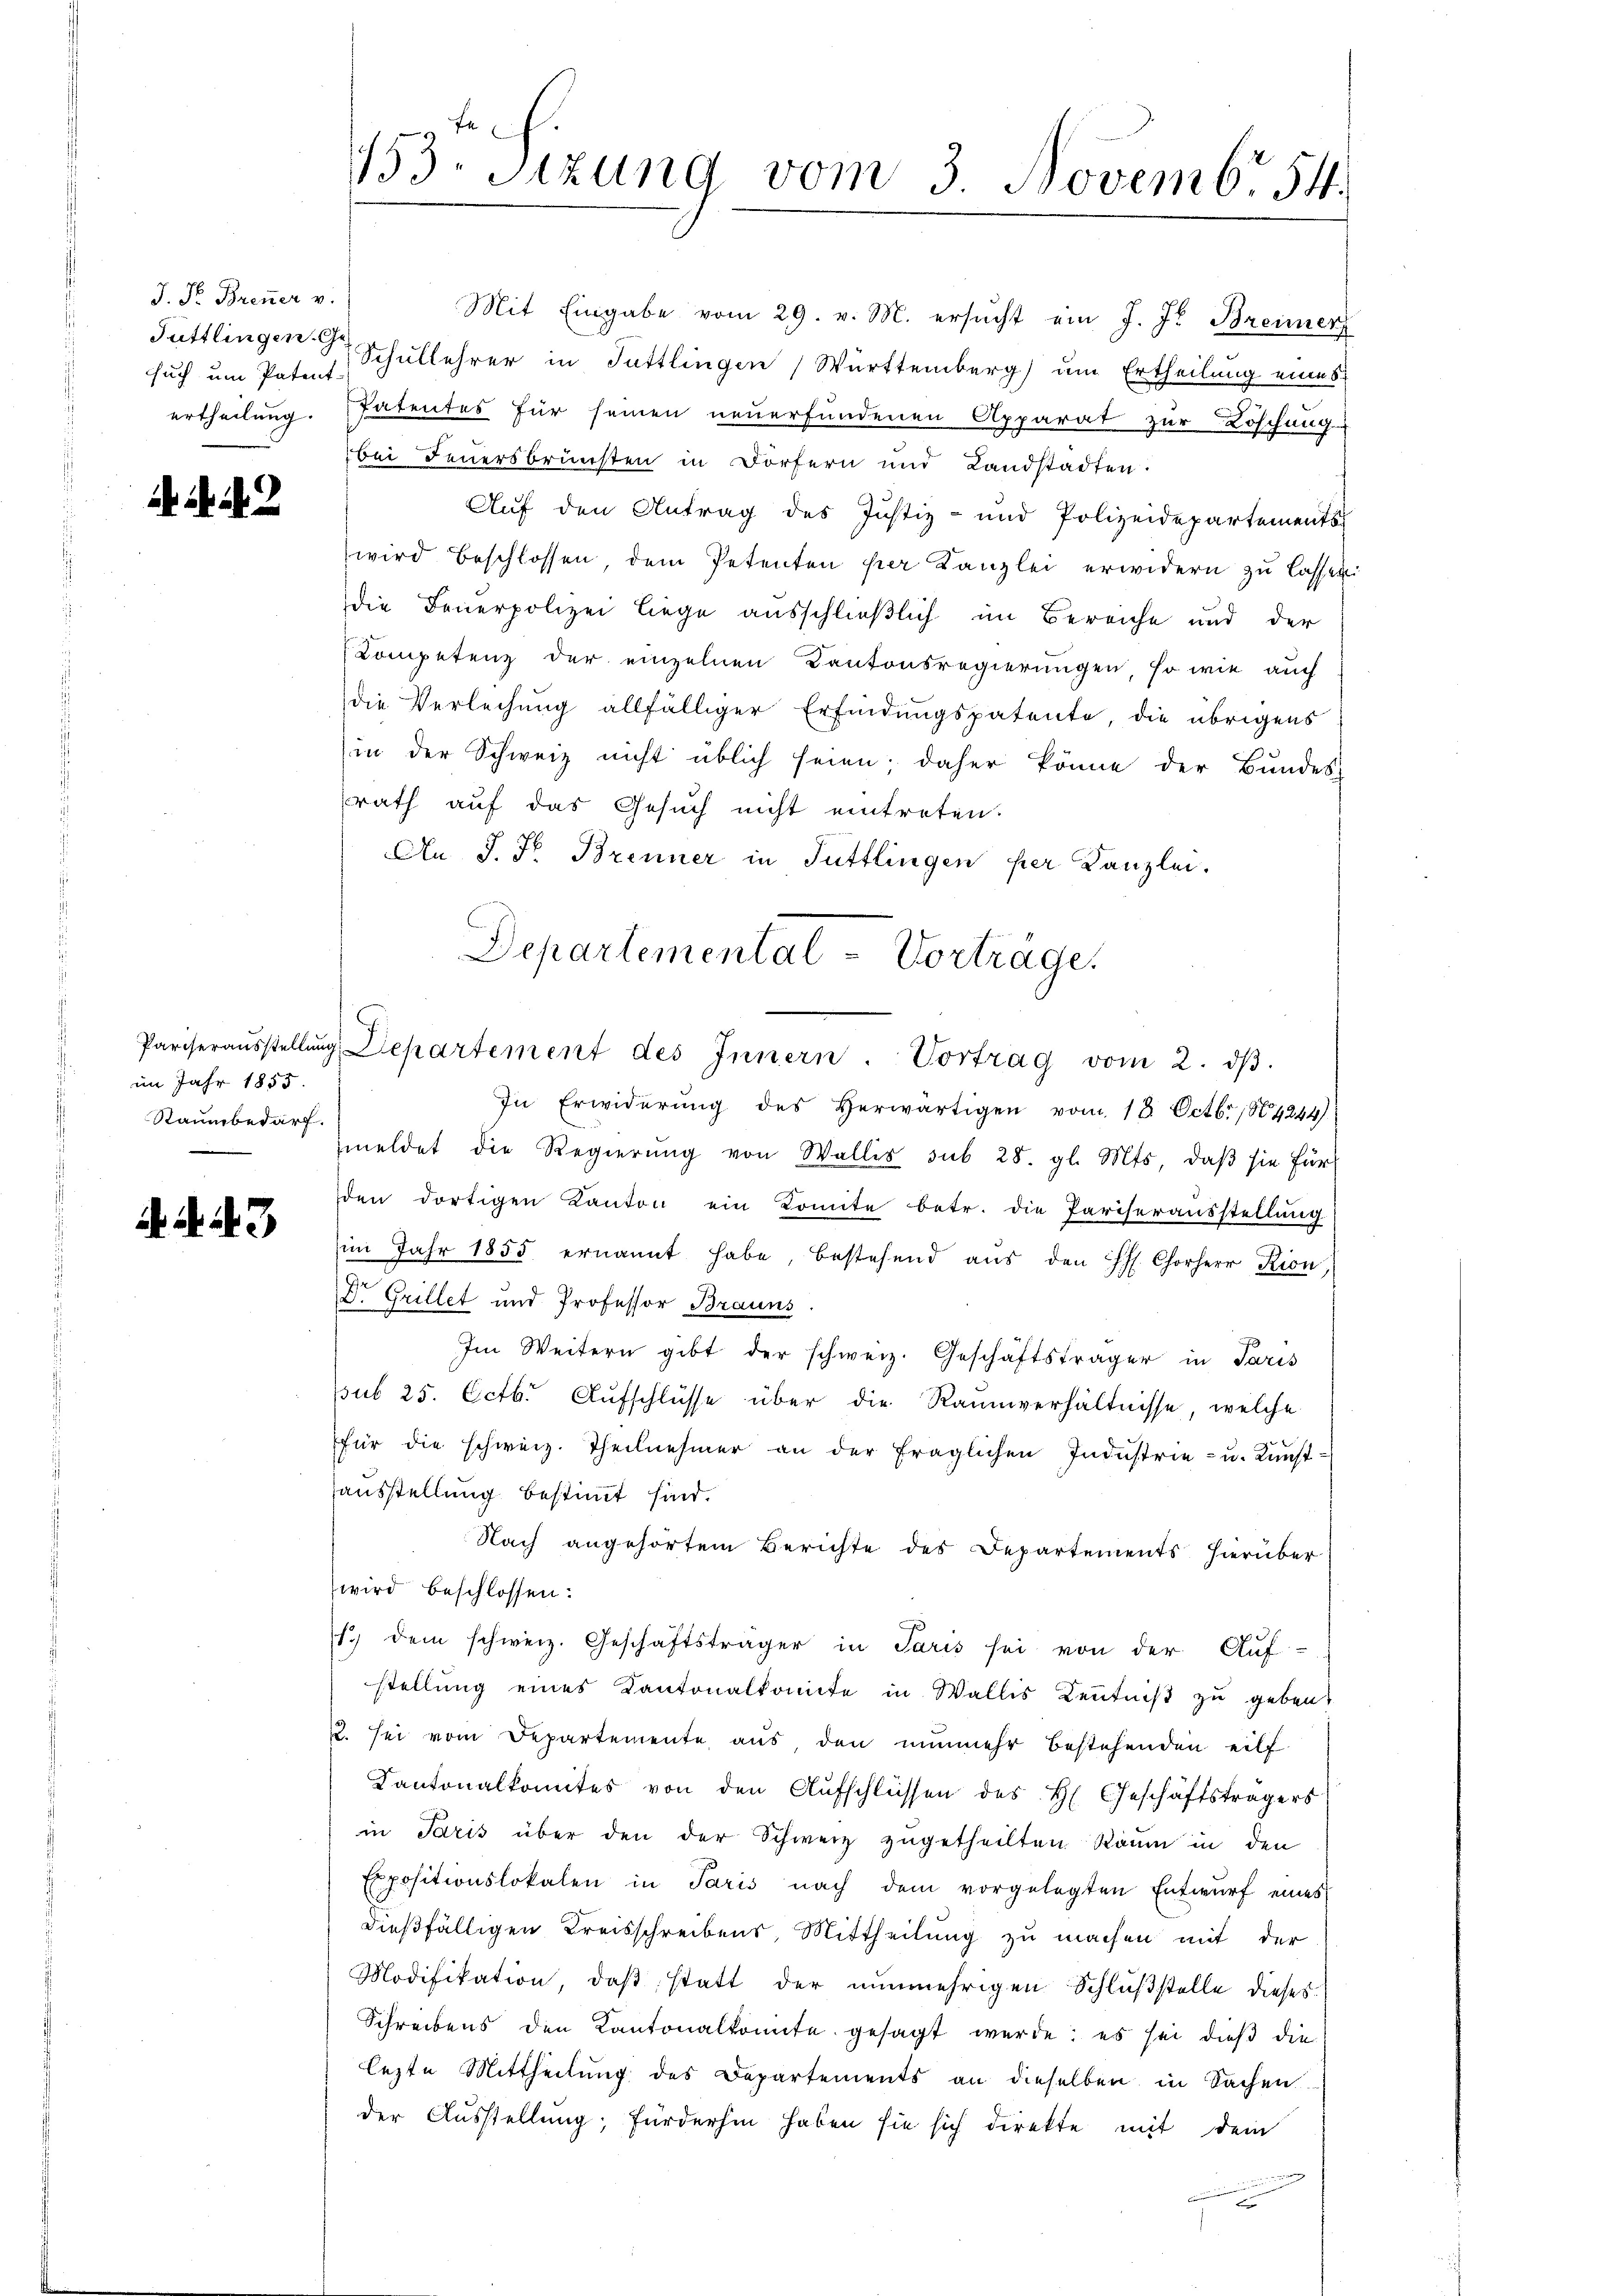
J. Dr. Brenner v.
such um Patent-

A . . 2

im Jahr 1855.
Raumbedarf.

d. d. 243

Mit Eingabe vom 29. v. M. ersucht ein J. J. Breimer
Tuttlingen Schullehrer in Tuttlingen Württemberg) um Ertheilung eines
ertheilung. Patentes für seinen neuerfundenen Apparat zur Löschung
bei Feuersbrünsten in Dörfern und Landstädten.
Auf den Antrag des Justiz- und Polizeidepartements
wird beschlossen, dem Petenten per Kanzlei erwidern zu lassen
die Feuerpolizei liege ausschließlich im Bereiche und der
Kompetenz der einzelnen Kantonsregierungen, so wie auch
die Verleihung allfälliger Erfindungspatente, die übrigens
in der Schweiz nicht üblich seien; daher könne der Bundes-
rath auf das Gesuch nicht eintreten.
An J. Fr. Brenner in Tuttlingen per Kanzlei.
In Erwiderŭng des herwärtigen vom 18. Octbr. 184244)
meldet die Regierŭng von Wallis sub 28. gl. Mts. daβ sie für
den dortigen Kanton ein Komite betr. die Pariserausstellung
(im Jahr 1855 ernannt habe, bestehend aus den Hs. Chorherr Rion,
Dr. Grillet und Professor Brauns
Im Weitern gibt der schweiz. Geschäftsträger in Paris
sub 25. Octb. Aufschlüsse über die Raumverhältnisse, welche
für die schweiz. Theilnehmer an der fraglichen Industrie- u. Kunstausstellung bestimmt sind.
Nach angehörtem Berichte des Departements hierüber
wird beschlossen:
1.) dem schweiz. Geschäftsträger in Paris sei von der Auf-
stellung eines Kantonalkomite in Wallis Kenntniß zu geben.
2. sei vom Departemente aus den nunmehr bestehenden eilf
Kantonalkomites von den Aufschlüssen des H. Geschäftsträgers
in Paris über den der Schweiz zugetheilten Raum in den
Expositionslokalen in Paris nach dem vorgelegten Entwŭrf eines
dießfälligen Kreisschreibens, Mittheilung zu machen mit der
Modifikation, daß statt der nunmehrigen Schlußstelle dieses
Schreibens den Kantonalkomite gesagt werde; es sei dieß die
lezte Mittheilung des Departements an dieselben in Sachen
der Ausstellung; fürderhin haben sie sich direkte mit dem
nung

153. Sizung vom 3. Novemb. 54.

Departemental - Vortrage.
Pariseraŭsstellŭng Departement des Innern. Vortrag vom 2. dβ.